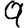
Digit: 9